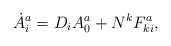
\begin{align*}\dot A^a_i = D_i A^a_0 + N^k F^a_{ki},\end{align*}